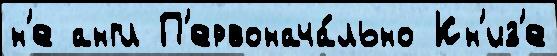
н'е англ П'ервонача́льно Кн'из'е